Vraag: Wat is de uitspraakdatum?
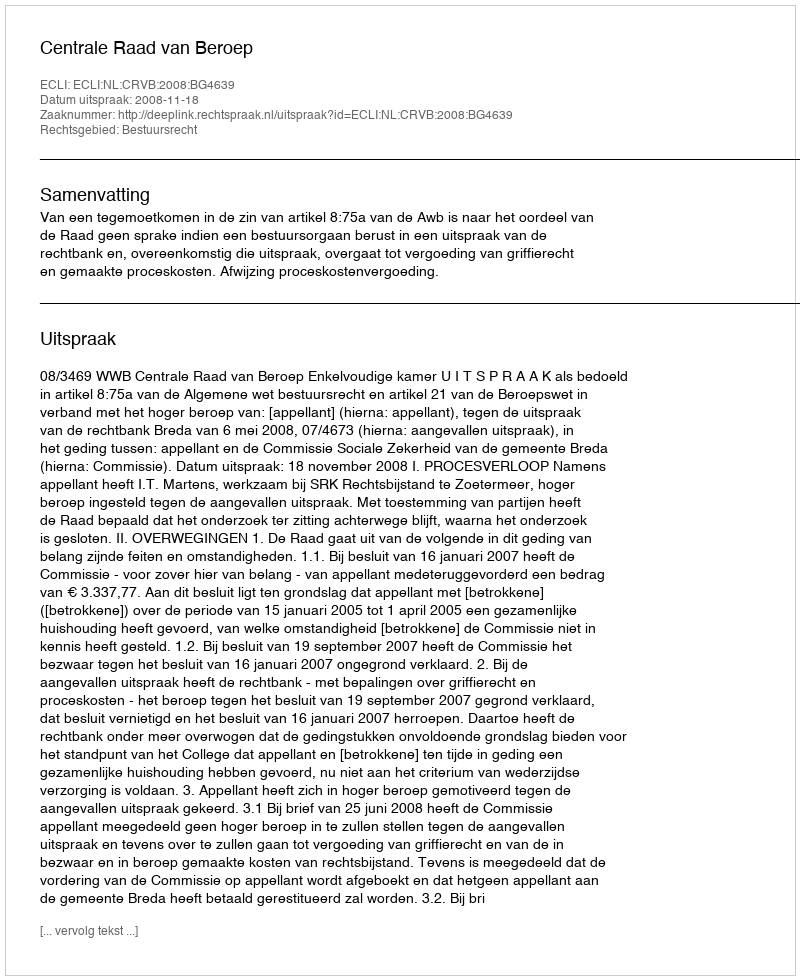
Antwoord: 2008-11-18